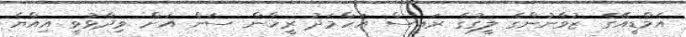
އެމްޑީއޭގެ ޒުވާނުންގެ ލީގުގެ ރައީސް އަހްމަދު ރީހާން ސަން އަށް ވިދާޅުވީ އިއްޔެ